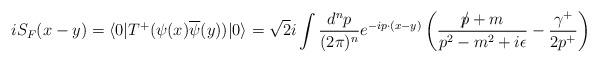
LaTeX: \begin{align*}iS_{F}(x-y) = \langle 0|T^{+}(\psi(x)\overline{\psi}(y))|0\rangle = \sqrt{2}i \int \frac{d^{n}p}{(2\pi)^{n}} e^{-ip\cdot (x-y)} \left(\frac{p\!\!\!\slash + m}{p^{2}-m^{2}+i\epsilon} - \frac{\gamma^{+}}{2p^{+}}\right)\end{align*}